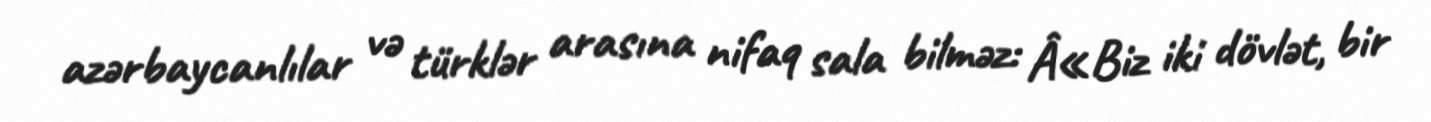
azərbaycanlılar və türklər arasına nifaq sala bilməz: Â«Biz iki dövlət, bir